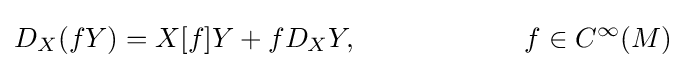
D_{X}(fY)=X[f]Y+fD_{X}Y,\qquad \qquad \qquad f\in C^{\infty }(M)